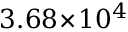
3 . 6 8 \! \times \! 1 0 ^ { 4 }